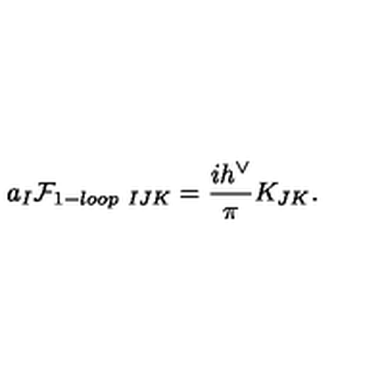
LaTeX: a _ { I } { \cal F } _ { 1 - l o o p \ I J K } = { \frac { i h ^ { \vee } } { \pi } } K _ { J K } .